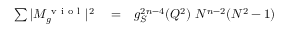
\begin{array} { r l r } { \sum \vert M _ { g } ^ { \mathrm { ~ v ~ i ~ o ~ l ~ } } \vert ^ { 2 } } & { { } = } & { g _ { S } ^ { 2 n - 4 } ( Q ^ { 2 } ) ~ N ^ { n - 2 } ( N ^ { 2 } - 1 ) } \end{array}